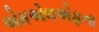
એમએલએફના